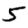
Digit: 5